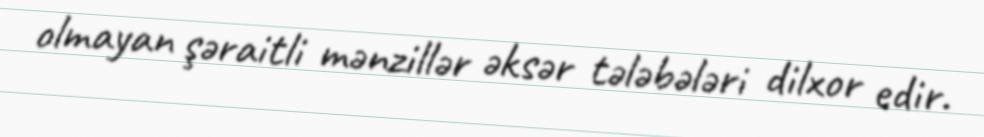
olmayan şəraitli mənzillər əksər tələbələri dilxor edir.